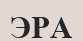
ЭРА